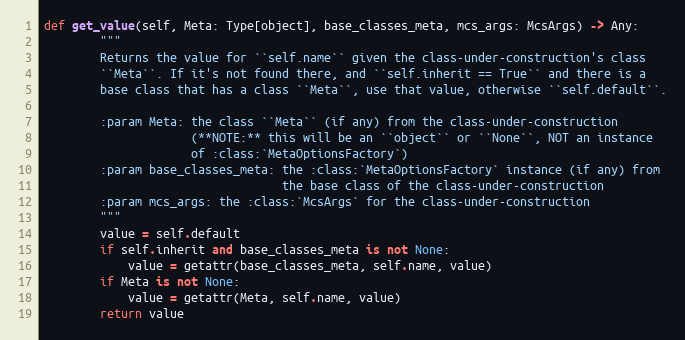
Language: Python
def get_value(self, Meta: Type[object], base_classes_meta, mcs_args: McsArgs) -> Any:
        """
        Returns the value for ``self.name`` given the class-under-construction's class
        ``Meta``. If it's not found there, and ``self.inherit == True`` and there is a
        base class that has a class ``Meta``, use that value, otherwise ``self.default``.

        :param Meta: the class ``Meta`` (if any) from the class-under-construction
                     (**NOTE:** this will be an ``object`` or ``None``, NOT an instance
                     of :class:`MetaOptionsFactory`)
        :param base_classes_meta: the :class:`MetaOptionsFactory` instance (if any) from
                                  the base class of the class-under-construction
        :param mcs_args: the :class:`McsArgs` for the class-under-construction
        """
        value = self.default
        if self.inherit and base_classes_meta is not None:
            value = getattr(base_classes_meta, self.name, value)
        if Meta is not None:
            value = getattr(Meta, self.name, value)
        return value